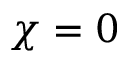
\chi = 0